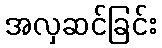
အလှဆင်ခြင်း